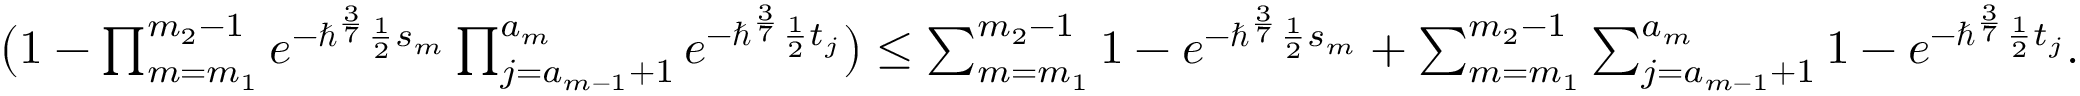
\begin{array} { r } { \big ( 1 - \prod _ { m = m _ { 1 } } ^ { m _ { 2 } - 1 } e ^ { - \hbar ^ { \frac { 3 } { 7 } } \frac { 1 } { 2 } s _ { m } } \prod _ { j = a _ { m - 1 } + 1 } ^ { a _ { m } } e ^ { - \hbar ^ { \frac { 3 } { 7 } } \frac { 1 } { 2 } t _ { j } } \big ) \leq \sum _ { m = m _ { 1 } } ^ { m _ { 2 } - 1 } 1 - e ^ { - \hbar ^ { \frac { 3 } { 7 } } \frac { 1 } { 2 } s _ { m } } + \sum _ { m = m _ { 1 } } ^ { m _ { 2 } - 1 } \sum _ { j = a _ { m - 1 } + 1 } ^ { a _ { m } } 1 - e ^ { - \hbar ^ { \frac { 3 } { 7 } } \frac { 1 } { 2 } t _ { j } } . } \end{array}